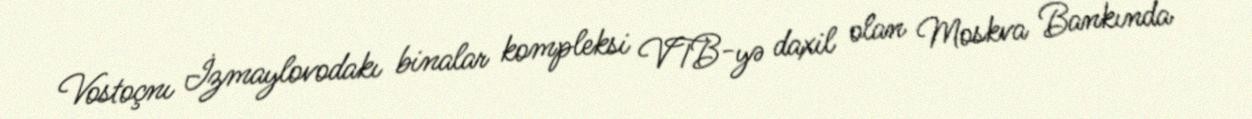
Vostoçnı İzmaylovodakı binalar kompleksi VTB-yə daxil olan Moskva Bankında